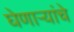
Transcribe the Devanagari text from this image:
घेणाऱ्यांचे